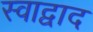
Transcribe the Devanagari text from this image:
स्वाद्वाद